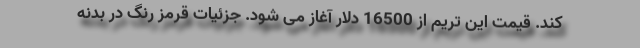
کند. قیمت این تریم از 16500 دلار آغاز می شود. جزئیات قرمز رنگ در بدنه